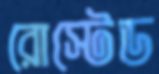
রোস্টেড